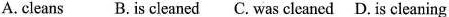
A.cleans B. Is cleaned C. Was clcancd D. Is cleaning